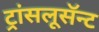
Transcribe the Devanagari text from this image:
ट्रांसलूसॅन्ट